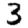
Digit: 3